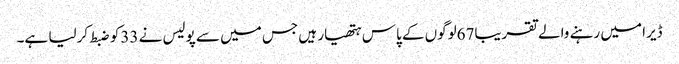
ڈیرا میں رہنے والے تقریبا67لوگوں کے پاس ہتھیار ہیں جس میں سے پولیس نے 33کو ضبط کرلیا ہے۔